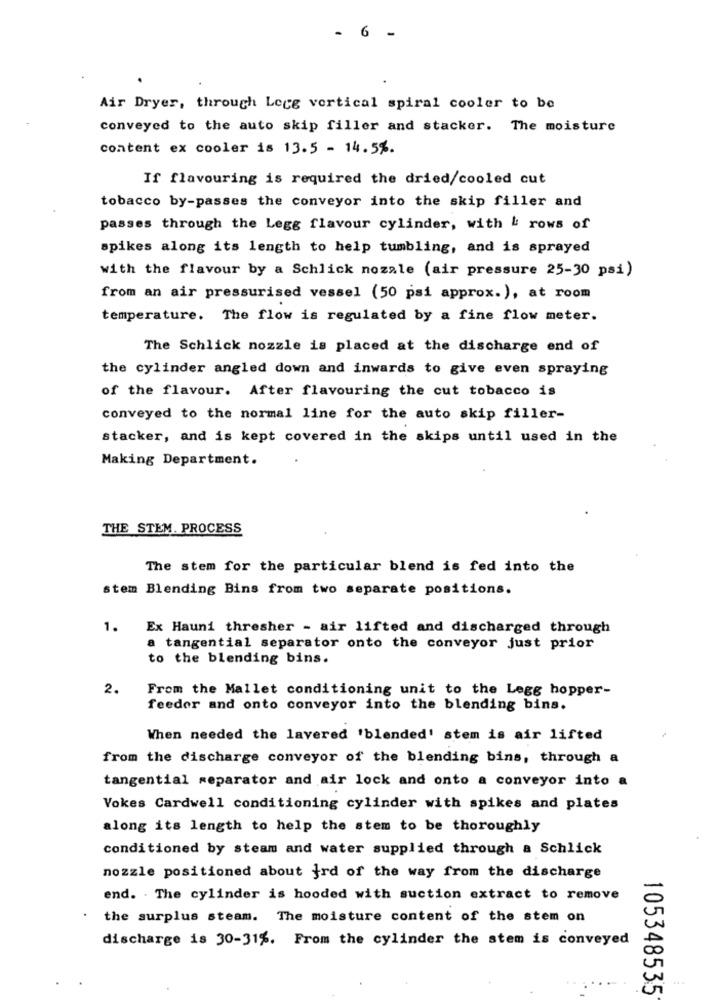
- 6 -
Air Dryer, through Legg vertical spiral cooler to be
conveyed to the auto skip filler and stacker. The moisture
content ex cooler is 13.5 - 14.5%.
If flavouring is required the dried/cooled cut
tobacco by-passes the conveyor into the skip filler and
passes through the Legg flavour cylinder, with & rows of
spikes along its length to help tumbling, and is sprayed
with the flavour by a Schlick nozzle (air pressure 25-30 psi)
from an air pressurised vessel (50 psi approx.), at room
temperature. The flow is regulated by a fine flow meter.
The Schlick nozzle is placed at the discharge end of
the cylinder angled down and inwards to give even spraying
of the flavour. After flavouring the cut tobacco is
conveyed to the normal line for the auto skip filler-
stacker, and is kept covered in the skips until used in the
Making Department.
THE STEM. PROCESS
The stem for the particular blend is fed into the
stem Blending Bins from two separate positions.
1.
Ex Hauni thresher - air lifted and discharged through
tangential separator onto the conveyor just prior
to the blending bins.
2.
From the Mallet conditioning unit to the Legg hopper-
feeder and onto conveyor into the blending bins.
When needed the lavered 'blended' stem is air lifted
from the discharge conveyor of the blending bins, through a
tangential separator and air lock and onto a conveyor into a
Vokes Cardwell conditioning cylinder with spikes and plates
along its length to help the stem to be thoroughly
conditioned by steam and water supplied through a Schlick
nozzle positioned about }rd of the way from the discharge
end. . The cylinder is hooded with suction extract to remove
the surplus steam. The moisture content of the stem on
discharge is 30-31%. From the cylinder the stem is conveyed
105348535